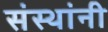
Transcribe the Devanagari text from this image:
संस्‍थांनी